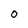
Character: O